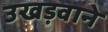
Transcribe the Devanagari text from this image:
उखड़वाने